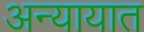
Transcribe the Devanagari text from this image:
अन्यायात